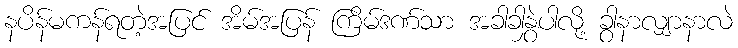
နပိန်မကန်ရတဲ့အပြင် အိမ်အပြန် ကြိမ်ဒဏ်သာ အခါခါနွှဲပါလို့ ခွာနာလျှာနာလဲ